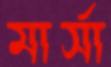
মার্সা